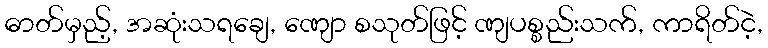
ဓာတ်မှည့်, အဆုံးသရချေ, ဏျော စသုတ်ဖြင့် ဏျပစ္စည်းသက်, ကာရိတ်ငဲ့,